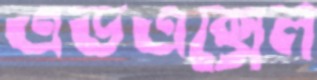
এডএক্সেল